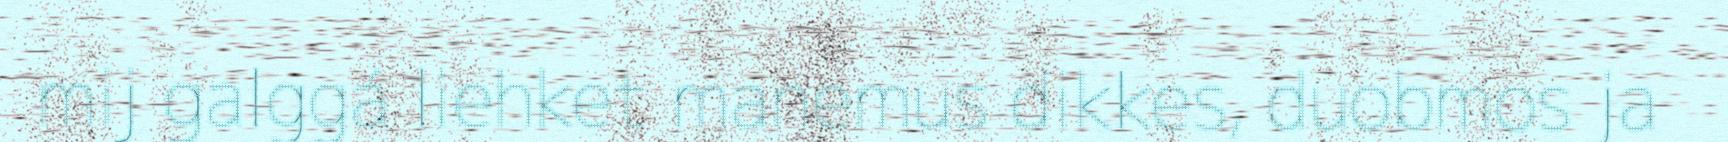
mij galggá liehket manemus dikkes, duobmos ja